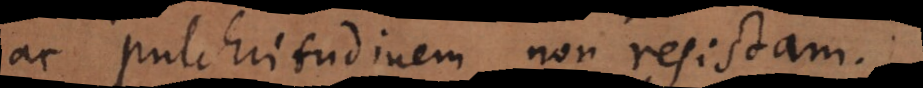
ac pulchritudinem, non resistam.